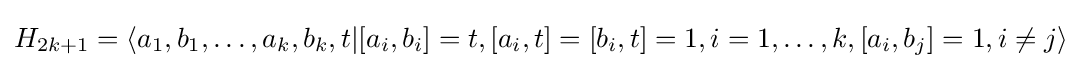
H_{2k+1}=\langle a_{1},b_{1},\dots ,a_{k},b_{k},t|[a_{i},b_{i}]=t,[a_{i},t]=[b_{i},t]=1,i=1,\dots ,k,[a_{i},b_{j}]=1,i\neq j\rangle